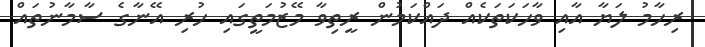
ރިހާމު ލަޔާ އާއި ވާހަކަތަކެއް ދައްކަމުން ރީތިވާ މޭޒުމަތީގައި ހުރި އޭނާގެ ސާމާނުތައް